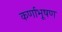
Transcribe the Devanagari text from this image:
कर्णाभूषण